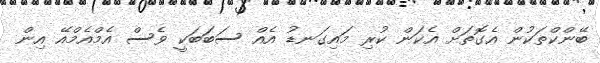
ބޭންކްތަކުން އެގޮތަށް އެކަން ކުރި މައިގަނޑު އެއް ސަބަބަކީ ވެސް އެމްއެމްއޭ އިން